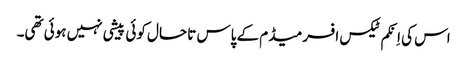
اس کی اِنکم ٹیکس افسر میڈم کے پاس تا حال کوئی پیشی نہیں ہوئی تھی۔